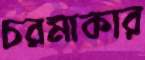
চরমাকার